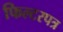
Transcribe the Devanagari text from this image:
फिल्टरपत्र